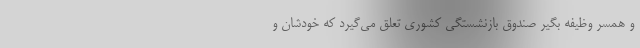
و همسر وظیفه بگیر صندوق بازنشستگی کشوری تعلق می‌گیرد که خودشان و